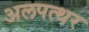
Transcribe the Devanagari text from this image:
अलपत्थर